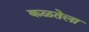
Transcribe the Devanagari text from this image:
कळतेला